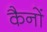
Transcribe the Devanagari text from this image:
कैनों